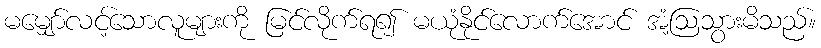
မမျှော်လင့်သောလူများကို မြင်လိုက်ရ၍ မယုံနိုင်လောက်အောင် အံ့ဩသွားမိသည်။